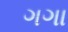
ગગા